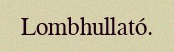
Lombhullató.